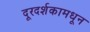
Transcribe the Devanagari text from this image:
दूरदर्शकामधून